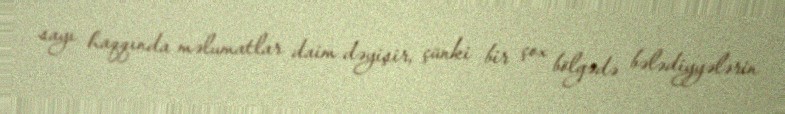
sayı haqqında məlumatlar daim dəyişir, çünki bir çox bölgədə bələdiyyələrin